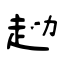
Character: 赲